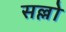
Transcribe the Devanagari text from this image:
सल्लो